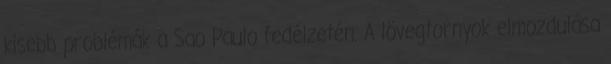
kisebb problémák a Sao Paulo fedélzetén. A lövegtornyok elmozdulása